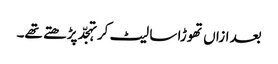
بعد ازاں تھوڑا سا لیٹ کر تہجّد پڑھتے تھے۔